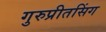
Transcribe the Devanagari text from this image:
गुरुप्रीतसिंग